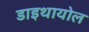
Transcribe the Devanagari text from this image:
डाइथायोल